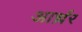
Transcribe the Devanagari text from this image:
आर्थ्रर